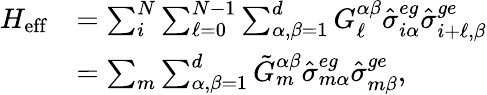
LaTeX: \begin{array}{rl}{H_{\mathrm{eff}}}&{=\sum_{i}^{N}\sum_{\ell=0}^{N-1}\sum_{\alpha,\beta=1}^{d}G_{\ell}^{\alpha\beta}\hat{\sigma}_{i\alpha}^{eg}\hat{\sigma}_{i+\ell,\beta}^{ge}}\\ &{=\sum_{m}\sum_{\alpha,\beta=1}^{d}\tilde{G}_{m}^{\alpha\beta}\hat{\sigma}_{m\alpha}^{eg}\hat{\sigma}_{m\beta}^{ge},}\end{array}